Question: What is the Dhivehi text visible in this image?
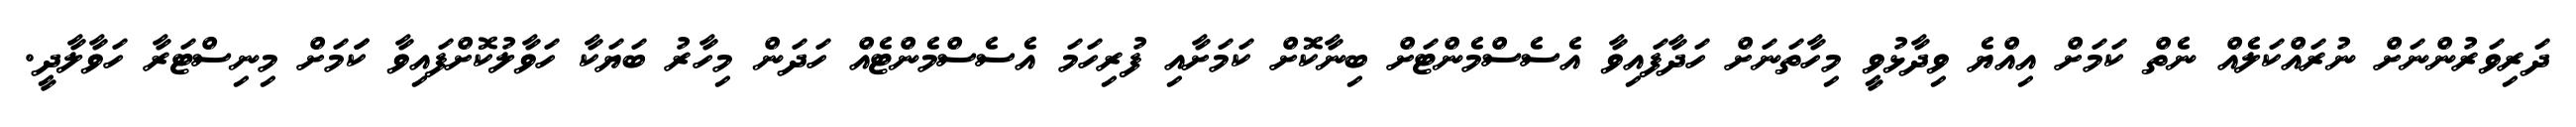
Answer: ދަރިވަރުންނަށް ނުރައްކަލެއް ނެތް ކަމަށް އިއްޔެ ވިދާޅުވީ މިހާތަނަށް ހަދާފައިވާ އެސެސްމެންޓަށް ބިނާކޮށް ކަމަށާއި ފުރިހަމަ އެސެސްމެންޓެއް ހަދަން މިހާރު ބަޔަކާ ހަވާލުކޮށްފައިވާ ކަަމަށް މިނިސްޓަރާ ހަވާލާދީ.